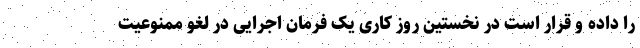
را داده و قرار است در نخستین روز کاری یک فرمان اجرایی در لغو ممنوعیت